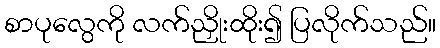
စာပုလွေကို လက်ညှိုးထိုး၍ ပြလိုက်သည်။